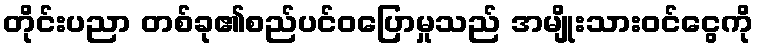
တိုင်းပညာ တစ်ခု၏စည်ပင်ဝပြောမှုသည် အမျိုးသားဝင်ငွေကို